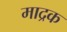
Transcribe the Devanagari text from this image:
माद्रक